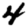
Digit: 4